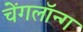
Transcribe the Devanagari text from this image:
चेंगलॉन्ग